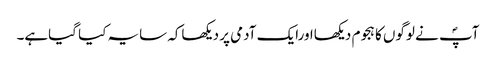
آپؐ نے لوگوں کا ہجوم دیکھااورایک آدمی پر دیکھاکہ سایہ کیا گیاہے۔